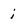
Character: i